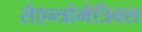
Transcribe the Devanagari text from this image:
सैएन्त्रोमेत्रिक्स